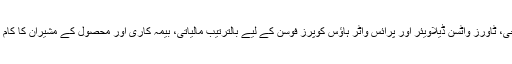
کے پی ایم جی، ٹاورز واٹسن ڈیلاویئر اور پرائس واٹر ہاؤس کوپرز فوسن کے لیے بالترتیب مالیاتی، بیمہ کاری اور محصول کے مشیران کا کام کررہے ہیں۔